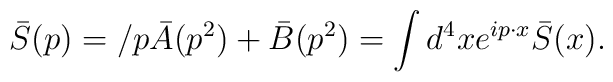
\bar S(p)=\slash p \bar A(p^2)+\bar B(p^2)=\int d^4xe^{ip\cdot x}\bar S(x).